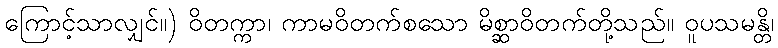
ကြောင့်သာလျှင်။) ဝိတက္ကာ၊ ကာမဝိတက်စသော မိစ္ဆာဝိတက်တို့သည်။ ဝူပသမန္တိ၊